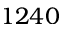
1 2 4 0